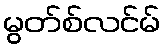
မွတ်စ်လင်မ်